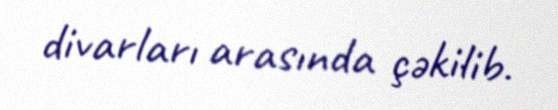
divarları arasında çəkilib.